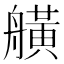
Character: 𦪗